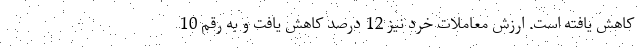
کاهش یافته است. ارزش معاملات خرد نیز 12 درصد کاهش یافت و به رقم 10